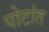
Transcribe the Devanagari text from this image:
पोटांत